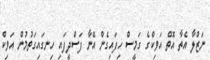
ނަޒްލާ އެތާ އޮތް އަވިކްގެ ގަމީސް ހިފައިގެން އޭނާ ފަސްދީފައި ހިނގައިގަތުމުން އަވިކް